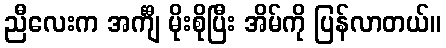
ညီလေးက အင်္ကျီ မိုးစိုပြီး အိမ်ကို ပြန်လာတယ်။